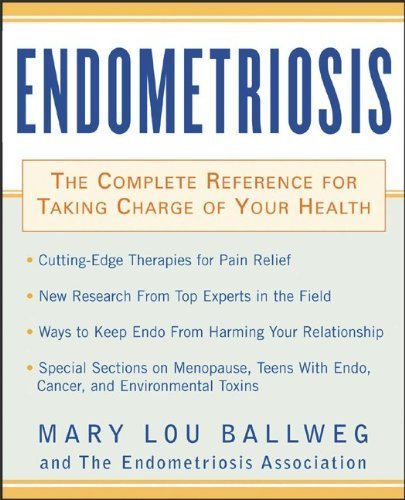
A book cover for [ ENDOMETRIOSIS: THE COMPLETE REFERENCE FOR TAKING CHARGE OF YOUR HEALTH THE COMPLETE REFERENCE FOR TAKING CHARGE OF YOUR HEALTH ] By Ballweg, Mary Lou ( Author) 2003 [ Paperback ]; Health, Fitness & Dieting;